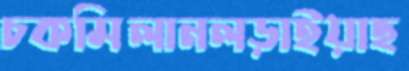
চকমিলানলড়াইয়াছ